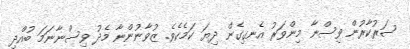
ސަރުކާރުން ވިސްނާ މިންވަރު އެނގިގެން ދިޔަ ކަމެކެވެ. ޒުވާނުންނާ މެދު ވިސްނާނަމަ ބުއްދި